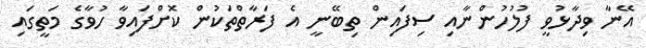
އޭނާ ވިދާޅުވީ ފުުލުހުންނާއި ސިފައިން ތިބޭނީ އެ ފަރާތްތަކުން ކޮށްފައިވާ ހުވާގެ މަތީގައި